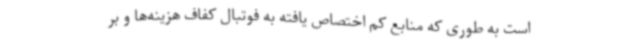
است به طوری که منابع کم اختصاص یافته به فوتبال کفاف هزینه‌ها و بر